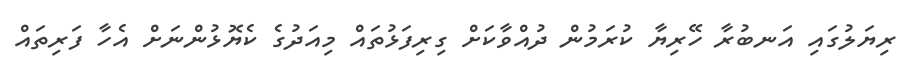
ރިޔަލުގައި އަނބުރާ ހޭރިޔާ ކުރަމުން ދުއްވާކަށް ގިރިފަޅުތައް މިއަދުގެ ކެޔޮޅުންނަށް އެހާ ފަރިތައް